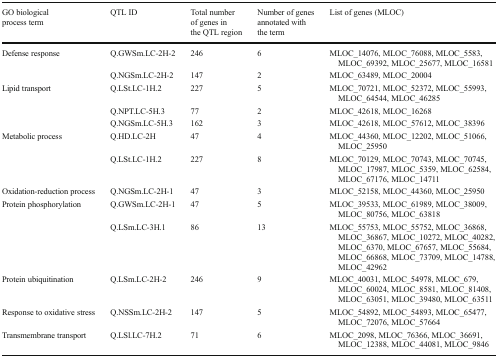
<table><thead><tr><td><b>GO biological process term</b></td><td><b>QTL ID</b></td><td><b>Total number of genes in the QTL region</b></td><td><b>Number of genes annotated with the term</b></td><td><b>List of genes (MLOC)</b></td></tr></thead><tbody><tr><td rowspan="2">Defense response</td><td>Q.GWSm.LC-2H-2</td><td>246</td><td>6</td><td>MLOC_14076, MLOC_76088, MLOC_5583, MLOC_69392, MLOC_25677, MLOC_16581</td></tr><tr><td>Q.NGSm.LC-2H-2</td><td>147</td><td>2</td><td>MLOC_63489, MLOC_20004</td></tr><tr><td rowspan="3">Lipid transport</td><td>Q.LSt.LC-1H.2</td><td>227</td><td>5</td><td>MLOC_70721, MLOC_52372, MLOC_55993, MLOC_64544, MLOC_46285</td></tr><tr><td>Q.NPT.LC-5H.3</td><td>77</td><td>2</td><td>MLOC_42618, MLOC_16268</td></tr><tr><td>Q.NGSm.LC-5H.3</td><td>162</td><td>3</td><td>MLOC_42618, MLOC_57612, MLOC_38396</td></tr><tr><td rowspan="2">Metabolic process</td><td>Q.HD.LC-2H</td><td>47</td><td>4</td><td>MLOC_44360, MLOC_12202, MLOC_51066, MLOC_25950</td></tr><tr><td>Q.LSt.LC-1H.2</td><td>227</td><td>8</td><td>MLOC_70129, MLOC_70743, MLOC_70745, MLOC_17987, MLOC_5359, MLOC_62584, MLOC_67176, MLOC_14711</td></tr><tr><td>Oxidation-reduction process</td><td>Q.NGSm.LC-2H-1</td><td>47</td><td>3</td><td>MLOC_52158, MLOC_44360, MLOC_25950</td></tr><tr><td rowspan="2">Protein phosphorylation</td><td>Q.GWSm.LC-2H-1</td><td>47</td><td>5</td><td>MLOC_39533, MLOC_61989, MLOC_38009, MLOC_80756, MLOC_63818</td></tr><tr><td>Q.LSm.LC-3H.1</td><td>86</td><td>13</td><td>MLOC_55753, MLOC_55752, MLOC_36868, MLOC_36867, MLOC_10272, MLOC_40282, MLOC_6370, MLOC_67657, MLOC_55684, MLOC_66868, MLOC_73709, MLOC_14788, MLOC_42962</td></tr><tr><td>Protein ubiquitination</td><td>Q.LSm.LC-2H-2</td><td>246</td><td>9</td><td>MLOC_40031, MLOC_54978, MLOC_679, MLOC_60024, MLOC_8581, MLOC_81408, MLOC_63051, MLOC_39480, MLOC_63511</td></tr><tr><td>Response to oxidative stress</td><td>Q.NSSm.LC-2H-2</td><td>147</td><td>5</td><td>MLOC_54892, MLOC_54893, MLOC_65477, MLOC_72076, MLOC_57664</td></tr><tr><td>Transmembrane transport</td><td>Q.LSl.LC-7H.2</td><td>71</td><td>6</td><td>MLOC_2098, MLOC_76366, MLOC_36691, MLOC_12388, MLOC_44081, MLOC_9846</td></tr></tbody></table>